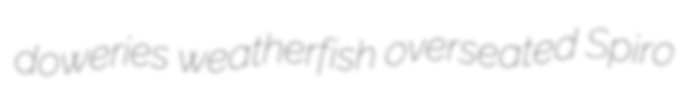
doweries weatherfish overseated Spiro